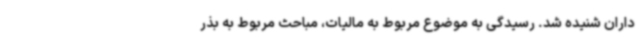
داران شنیده شد. رسیدگی به موضوع مربوط به مالیات، مباحث مربوط به بذر